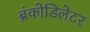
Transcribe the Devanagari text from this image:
ब्रंकोडिलेटर